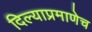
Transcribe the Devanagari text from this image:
दिल्याप्रमाणेच